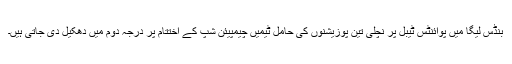
بنڈس لیگا میں پوائنٹس ٹیبل پر نچلی تین پوزیشنوں کی حامل ٹیمیں چیمپیئن شپ کے اختتام پر درجہ دوم میں دھکیل دی جاتی ہیں۔